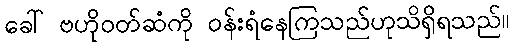
ခေါ် ဗဟိုဝတ်ဆံကို ဝန်းရံနေကြသည်ဟုသိရှိရသည်။